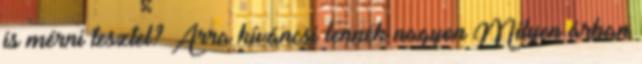
is mérni tesztel? Arra kíváncsi lennék nagyon Milyen árban